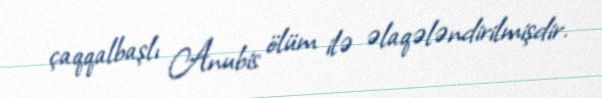
çaqqalbaşlı Anubis ölüm ilə əlaqələndirilmişdir.